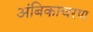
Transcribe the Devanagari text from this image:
अंबिकाचरण